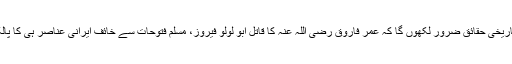
لیکن تاریخی حقائق ضرور لکھوں گا کہ عمر فاروق رضی اللہ عنہ کا قاتل ابو لولو فیروز، مسلم فتوحات سے خائف ایرانی عناصر ہی کا پالک تھا۔